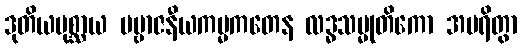
ဒုတိယပုစ္ဆာယ ပဗ္ဗာဇနီယကမ္မကတေန လဒ္ဓသမ္မုတိကော အမရိတွာ